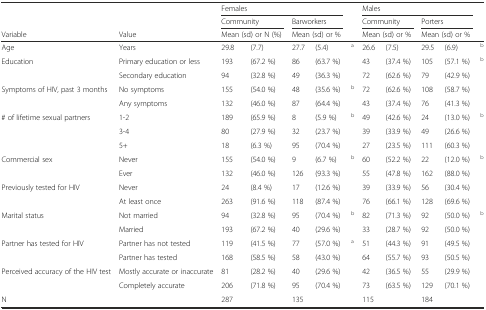
<table><thead><tr><td></td><td></td><td colspan="4"><b>Females</b></td><td></td><td colspan="4"><b>Males</b></td><td></td></tr><tr><td></td><td></td><td colspan="2"><b>Community</b></td><td colspan="2"><b>Barworkers</b></td><td></td><td colspan="2"><b>Community</b></td><td colspan="2"><b>Porters</b></td><td></td></tr><tr><td><b>Variable</b></td><td><b>Value</b></td><td colspan="2"><b>Mean (sd) or N (%)</b></td><td colspan="2"><b>Mean (sd) or %</b></td><td></td><td colspan="2"><b>Mean (sd) or %</b></td><td colspan="2"><b>Mean (sd) or %</b></td><td></td></tr></thead><tbody><tr><td>Age</td><td>Years</td><td>29.8</td><td>(7.7)</td><td>27.7</td><td>(5.4)</td><td><sup>a</sup></td><td>26.6</td><td>(7.5)</td><td>29.5</td><td>(6.9)</td><td><sup>b</sup></td></tr><tr><td>Education</td><td>Primary education or less</td><td>193</td><td>(67.2 %)</td><td>86</td><td>(63.7 %)</td><td></td><td>43</td><td>(37.4 %)</td><td>105</td><td>(57.1 %)</td><td><sup>b</sup></td></tr><tr><td></td><td>Secondary education</td><td>94</td><td>(32.8 %)</td><td>49</td><td>(36.3 %)</td><td></td><td>72</td><td>(62.6 %)</td><td>79</td><td>(42.9 %)</td><td></td></tr><tr><td>Symptoms of HIV, past 3 months</td><td>No symptoms</td><td>155</td><td>(54.0 %)</td><td>48</td><td>(35.6 %)</td><td><sup>b</sup></td><td>72</td><td>(62.6 %)</td><td>108</td><td>(58.7 %)</td><td></td></tr><tr><td></td><td>Any symptoms</td><td>132</td><td>(46.0 %)</td><td>87</td><td>(64.4 %)</td><td></td><td>43</td><td>(37.4 %)</td><td>76</td><td>(41.3 %)</td><td></td></tr><tr><td># of lifetime sexual partners</td><td>1-2</td><td>189</td><td>(65.9 %)</td><td>8</td><td>(5.9 %)</td><td><sup>b</sup></td><td>49</td><td>(42.6 %)</td><td>24</td><td>(13.0 %)</td><td><sup>b</sup></td></tr><tr><td></td><td>3-4</td><td>80</td><td>(27.9 %)</td><td>32</td><td>(23.7 %)</td><td></td><td>39</td><td>(33.9 %)</td><td>49</td><td>(26.6 %)</td><td></td></tr><tr><td></td><td>5+</td><td>18</td><td>(6.3 %)</td><td>95</td><td>(70.4 %)</td><td></td><td>27</td><td>(23.5 %)</td><td>111</td><td>(60.3 %)</td><td></td></tr><tr><td>Commercial sex</td><td>Never</td><td>155</td><td>(54.0 %)</td><td>9</td><td>(6.7 %)</td><td><sup>b</sup></td><td>60</td><td>(52.2 %)</td><td>22</td><td>(12.0 %)</td><td><sup>b</sup></td></tr><tr><td></td><td>Ever</td><td>132</td><td>(46.0 %)</td><td>126</td><td>(93.3 %)</td><td></td><td>55</td><td>(47.8 %)</td><td>162</td><td>(88.0 %)</td><td></td></tr><tr><td>Previously tested for HIV</td><td>Never</td><td>24</td><td>(8.4 %)</td><td>17</td><td>(12.6 %)</td><td></td><td>39</td><td>(33.9 %)</td><td>56</td><td>(30.4 %)</td><td></td></tr><tr><td></td><td>At least once</td><td>263</td><td>(91.6 %)</td><td>118</td><td>(87.4 %)</td><td></td><td>76</td><td>(66.1 %)</td><td>128</td><td>(69.6 %)</td><td></td></tr><tr><td>Marital status</td><td>Not married</td><td>94</td><td>(32.8 %)</td><td>95</td><td>(70.4 %)</td><td><sup>b</sup></td><td>82</td><td>(71.3 %)</td><td>92</td><td>(50.0 %)</td><td><sup>b</sup></td></tr><tr><td></td><td>Married</td><td>193</td><td>(67.2 %)</td><td>40</td><td>(29.6 %)</td><td></td><td>33</td><td>(28.7 %)</td><td>92</td><td>(50.0 %)</td><td></td></tr><tr><td>Partner has tested for HIV</td><td>Partner has not tested</td><td>119</td><td>(41.5 %)</td><td>77</td><td>(57.0 %)</td><td><sup>a</sup></td><td>51</td><td>(44.3 %)</td><td>91</td><td>(49.5 %)</td><td></td></tr><tr><td></td><td>Partner has tested</td><td>168</td><td>(58.5 %)</td><td>58</td><td>(43.0 %)</td><td></td><td>64</td><td>(55.7 %)</td><td>93</td><td>(50.5 %)</td><td></td></tr><tr><td>Perceived accuracy of the HIV test</td><td>Mostly accurate or inaccurate</td><td>81</td><td>(28.2 %)</td><td>40</td><td>(29.6 %)</td><td></td><td>42</td><td>(36.5 %)</td><td>55</td><td>(29.9 %)</td><td></td></tr><tr><td></td><td>Completely accurate</td><td>206</td><td>(71.8 %)</td><td>95</td><td>(70.4 %)</td><td></td><td>73</td><td>(63.5 %)</td><td>129</td><td>(70.1 %)</td><td></td></tr><tr><td>N</td><td></td><td>287</td><td></td><td>135</td><td></td><td></td><td>115</td><td></td><td>184</td><td></td><td></td></tr></tbody></table>